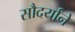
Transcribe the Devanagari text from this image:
सौदर्यांने